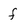
Character: f